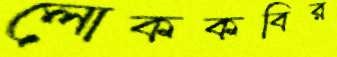
লোককবির